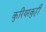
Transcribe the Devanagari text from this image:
कुरियरकुट्टी